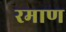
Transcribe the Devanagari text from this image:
रमाण